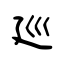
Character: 廵